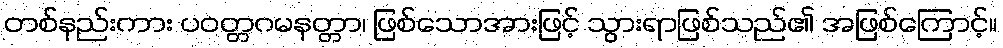
တစ်နည်းကား ပဝတ္တဂမနတ္တာ၊ ဖြစ်သောအားဖြင့် သွားရာဖြစ်သည်၏ အဖြစ်ကြောင့်။